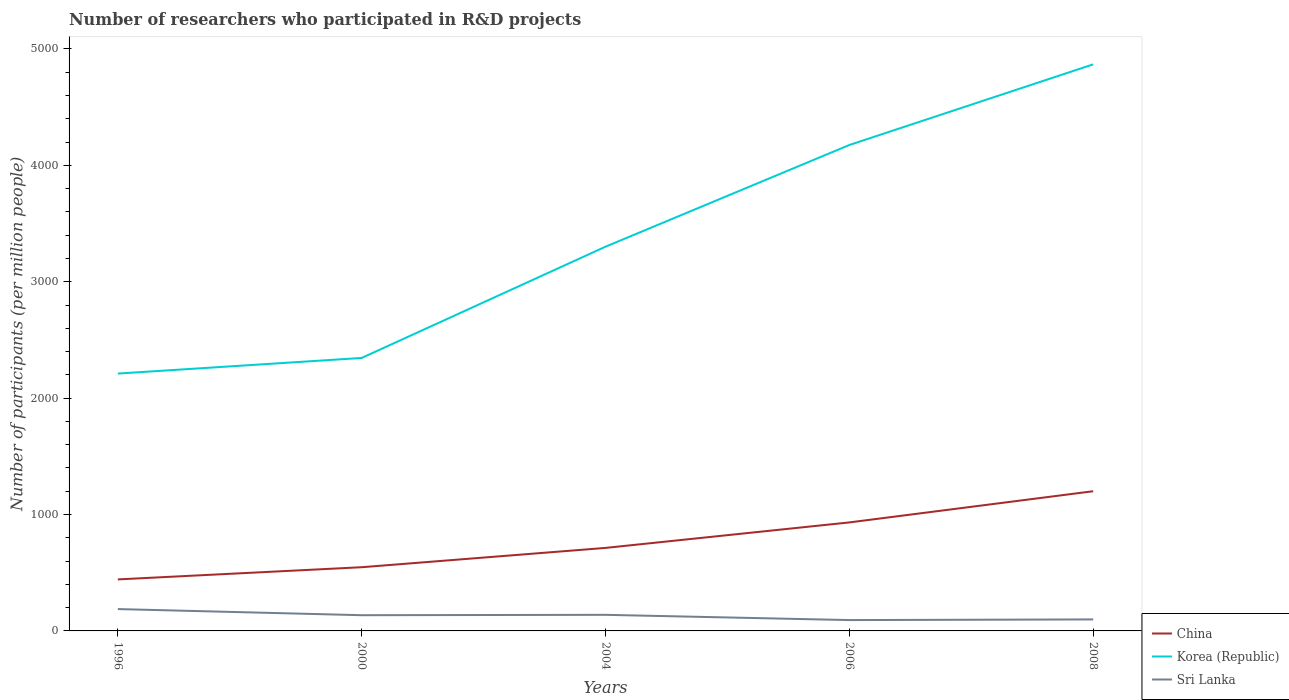
| Years | China | Korea (Republic) | Sri Lanka |
 | --- | --- | --- | --- |
 | 1996 | 443 | 2.21e+03 | 188 |
 | 2000 | 547 | 2.35e+03 | 135 |
 | 2004 | 713 | 3.3e+03 | 138 |
 | 2006 | 932 | 4.18e+03 | 93.2 |
 | 2008 | 1.2e+03 | 4.87e+03 | 98.8 |